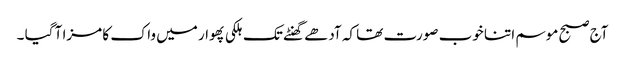
آج صبح موسم اتنا خوب صورت تھا کہ آدھے گھنٹے تک ہلکی پھوار میں واک کا مزا آ گیا ۔